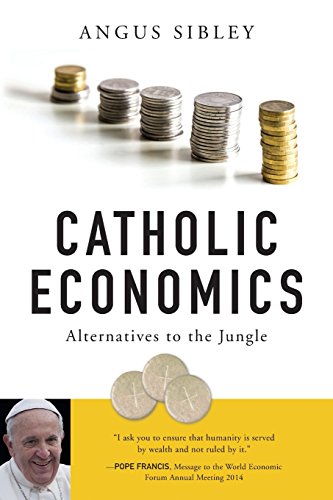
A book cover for Catholic Economics: Alternatives to the Jungle; Angus Sibley; Religion & Spirituality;